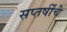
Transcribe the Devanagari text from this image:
सप्तर्षींचे